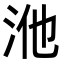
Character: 𭰃